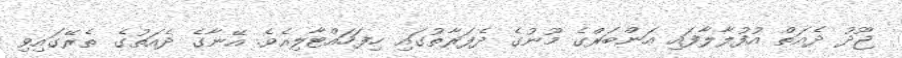
ޖޫދު ދެއަތް އުފުލާލާފައި އަންބަރްގެ މޫނުގެ ދެފަރާތުގައި ހިފަހައްޓާލިއެވެ. އޭނާގެ ދެއަތުގެ ތެރޭގައިވި